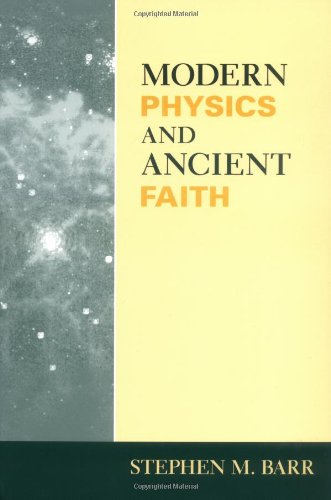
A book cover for Modern Physics and Ancient Faith; Stephen M Barr; Religion & Spirituality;